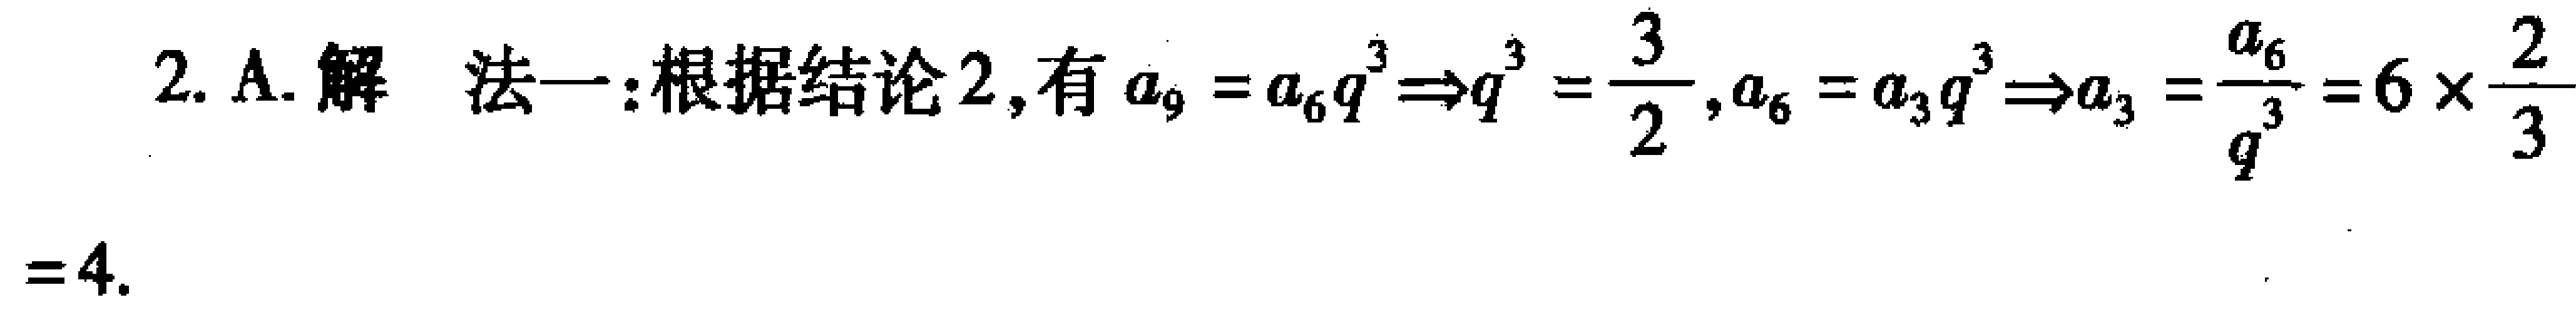
2. A. 解 法一:根据结论2,有\(a_{9}=a_{6}q^{3}\Rightarrow q^{3}=\frac{3}{2}\),\(a_{6}=a_{3}q^{3}\Rightarrow a_{3}=\frac{a_{6}}{q^{3}} = 6\times\frac{2}{3}=4\).